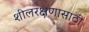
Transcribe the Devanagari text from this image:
शीलरक्षणासाठी